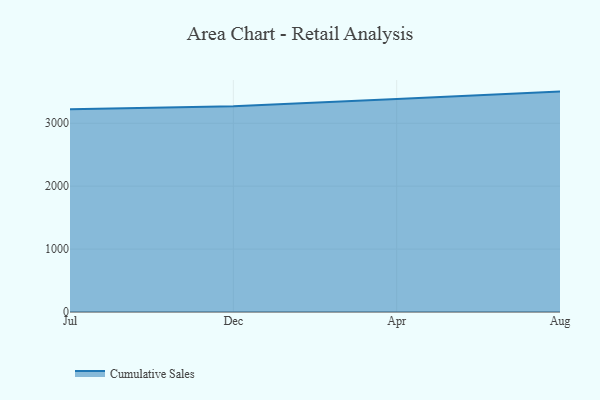
{"axis": {"x": "Month", "y": "Page Views"}, "legend": ["Cumulative Sales"], "data": [{"x": "Jul", "y": 3223.3, "type": "Cumulative Sales"}, {"x": "Dec", "y": 3270.0, "type": "Cumulative Sales"}, {"x": "Apr", "y": 3386.0, "type": "Cumulative Sales"}, {"x": "Aug", "y": 3503.7, "type": "Cumulative Sales"}]}